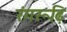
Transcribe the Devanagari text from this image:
रंगरूढ़ि